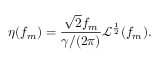
\eta ( f _ { m } ) = \frac { \sqrt { 2 } f _ { m } } { \gamma / ( 2 \pi ) } \mathcal { L } ^ { \frac { 1 } { 2 } } ( f _ { m } ) .